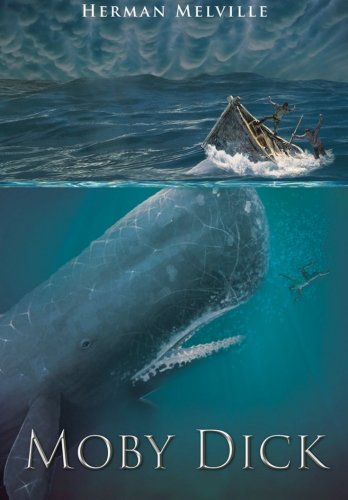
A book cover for Moby Dick; Herman Melville; Literature & Fiction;